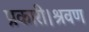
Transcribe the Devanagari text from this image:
प्रकारी।श्रवण